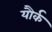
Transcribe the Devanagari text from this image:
यौर्क